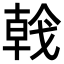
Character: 𢧢